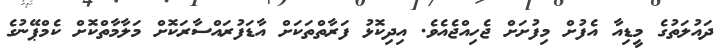
ދައުލަތުގެ މީޑިއާ އެފުށް މިފުށަށް ޖެހިއްޖެއެވެ. އިދިކޮޅު ފަރާތްތަކަށް އާޑަފުރައްސާރަކޮށް މަލާމާތްކޮށް ކެމްޕޭނުގެ